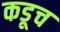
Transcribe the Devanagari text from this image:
कडूच